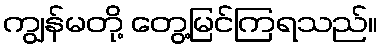
ကျွန်မတို့ တွေ့မြင်ကြရသည်။